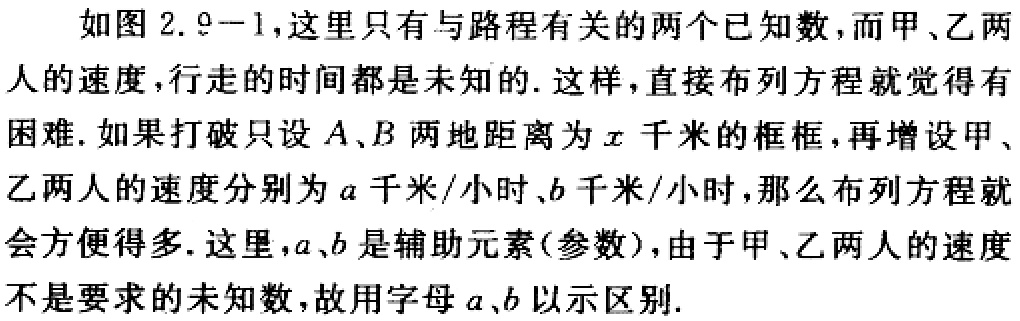
如图 2.9 - 1，这里只有与路程有关的两个已知数，而甲、乙两人的速度，行走的时间都是未知的. 这样，直接布列方程就觉得有困难. 如果打破只设\(A、B\)两地距离为\(x\)千米的框框，再增设甲、乙两人的速度分别为\(a\)千米/小时、\(b\)千米/小时，那么布列方程就会方便得多. 这里，\(a,b\)是辅助元素(参数)，由于甲、乙两人的速度不是要求的未知数，故用字母\(a、b\)以示区别.